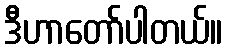
ဒီဟာတော်ပါတယ်။